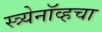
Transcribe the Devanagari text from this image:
स्त्र्येनॉव्हचा